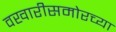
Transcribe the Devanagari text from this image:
वखारीसमोरच्या